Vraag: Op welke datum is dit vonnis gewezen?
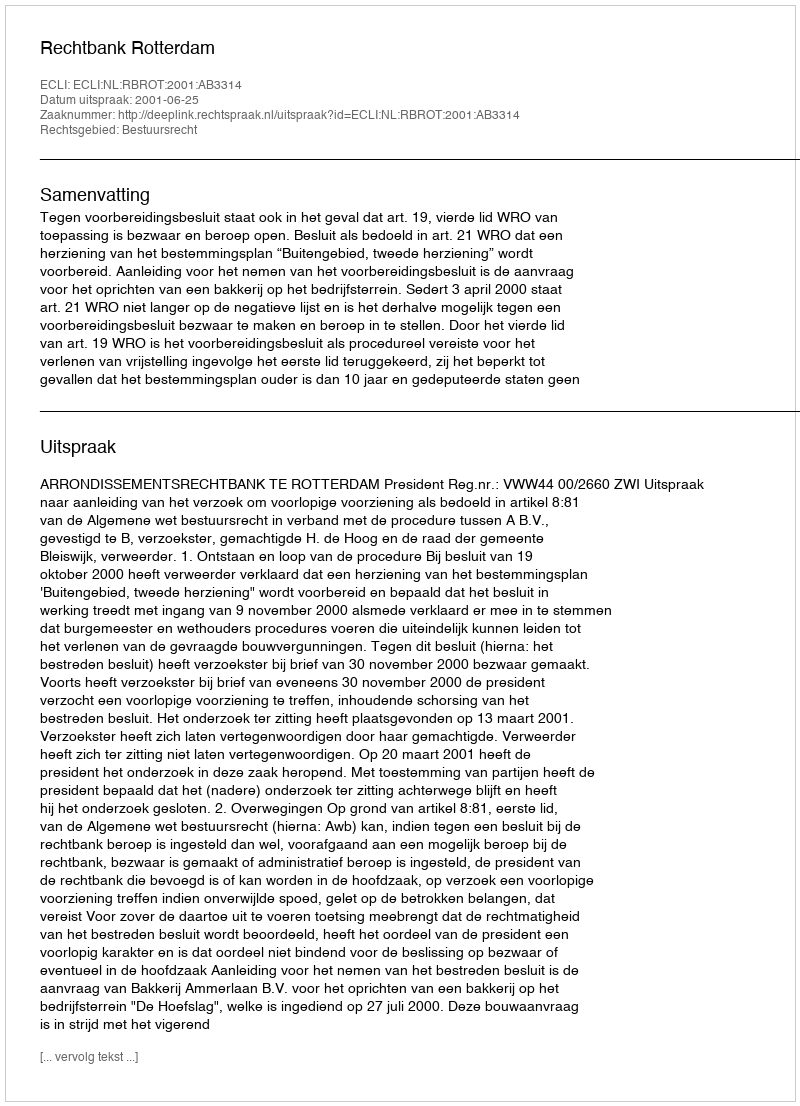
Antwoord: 2001-06-25